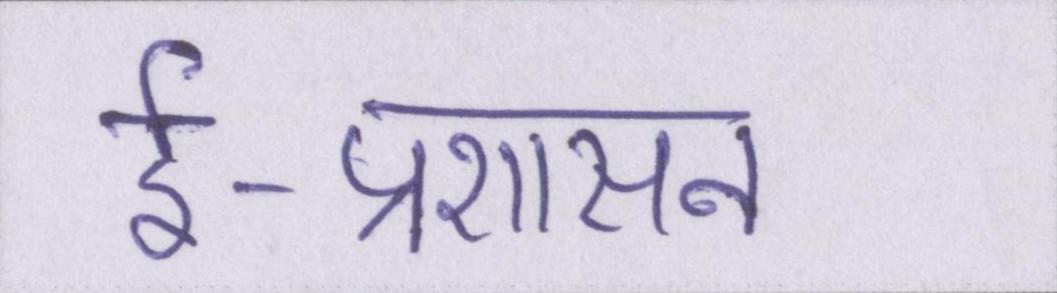
ई-प्रशासन